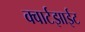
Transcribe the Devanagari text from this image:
क्वार्टझाईट